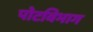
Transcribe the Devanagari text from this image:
पोटविभाग